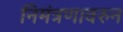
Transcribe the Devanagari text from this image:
निमंत्रणावरुन